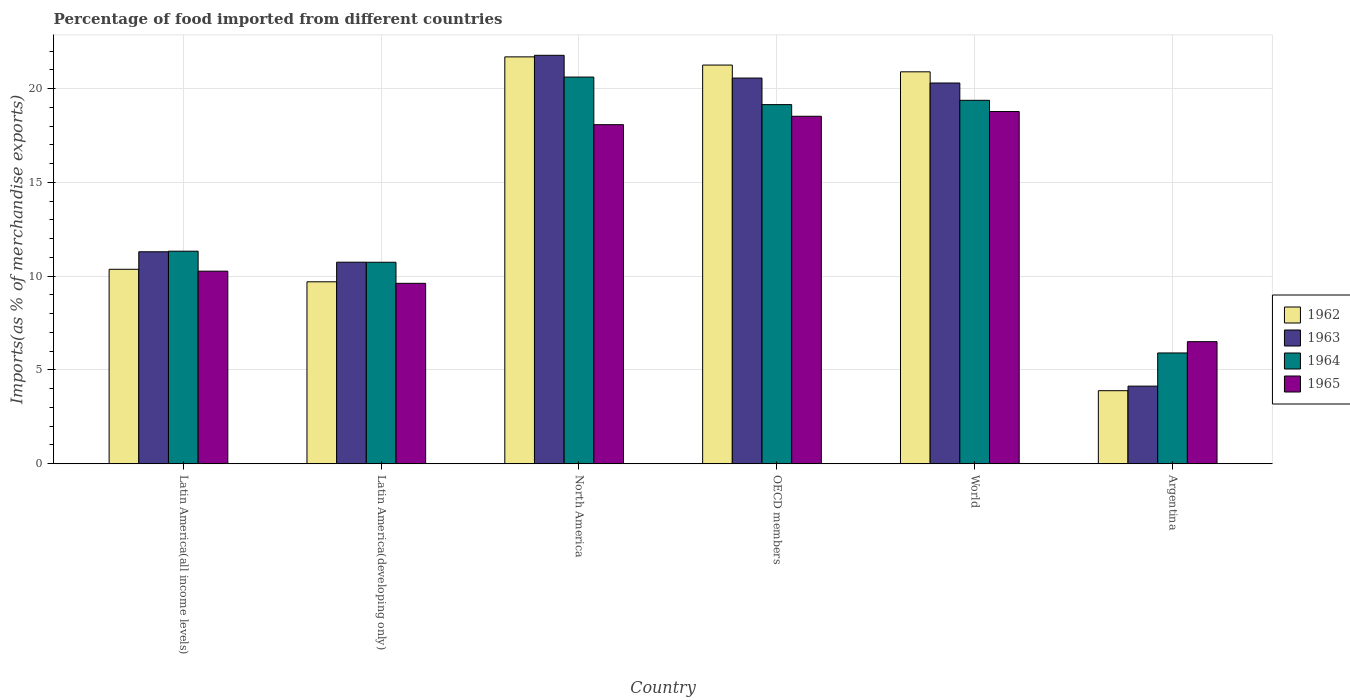
| Country | 1962 | 1963 | 1964 | 1965 |
 | --- | --- | --- | --- | --- |
 | Latin America(all income levels) | 10.4 | 11.3 | 11.3 | 10.3 |
 | Latin America(developing only) | 9.7 | 10.7 | 10.7 | 9.62 |
 | North America | 21.7 | 21.8 | 20.6 | 18.1 |
 | OECD members | 21.3 | 20.6 | 19.1 | 18.5 |
 | World | 20.9 | 20.3 | 19.4 | 18.8 |
 | Argentina | 3.89 | 4.14 | 5.91 | 6.51 |